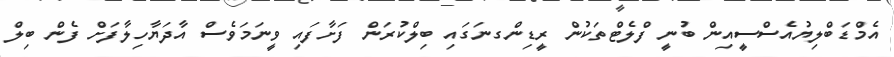
އެމްޑަބްލިޔުއެސްސީއިން ބުނީ ފްލެޓްތަކުން ރީޑިންގނަގައި ބިލްކުރަން ފަށާފައި ވީނަމަވެސް އާދަޔާހިލާފަށް ފެން ބިލް